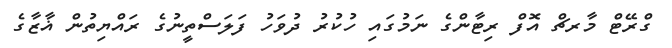
ގްރޭޓް މާރޗް އޮފް ރިޓާންގެ ނަމުގައި ހުކުުރު ދުވަހު ފަލަސްތީނުގެ ރައްޔިތުން ޣާޒާގެ